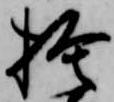
捨